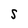
Character: S